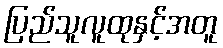
ပြည်သူလူထုနှင့်အတူ